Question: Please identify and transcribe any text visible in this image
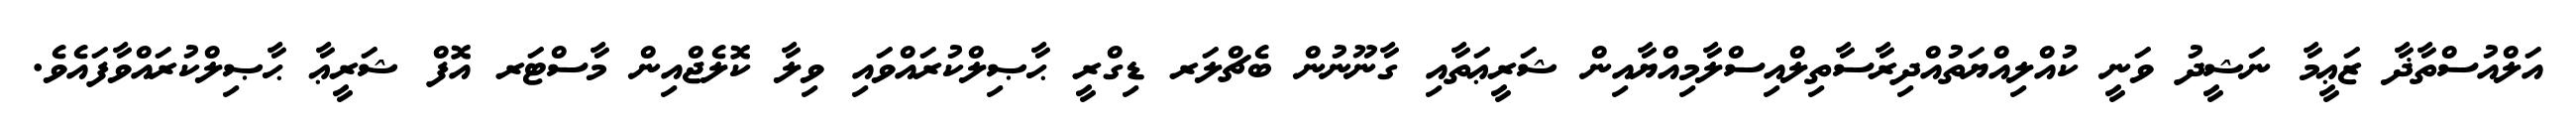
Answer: އަލްއުސްތާޛާ ޒަޢީމާ ނަޝީދު ވަނީ ކުއްލިއްޔަތުއްދިރާސާތިލްއިސްލާމިއްޔާއިން ޝަރީޢަތާއި ގާނޫނުން ބެޗްލަރ ޑިގްރީ ޙާޞިލްކުރައްވައި ވިލާ ކޮލެޖްއިން މާސްޓަރ އޮފް ޝަރީޢާ ޙާޞިލްކުރައްވާފައެވެ.